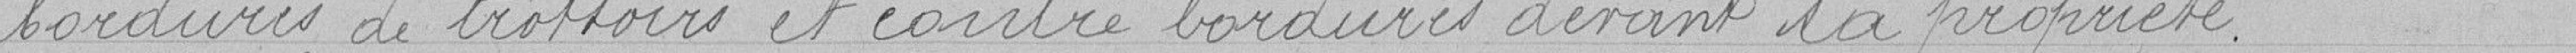
bordures de trottoirs et contre bordures devant sa propriété.